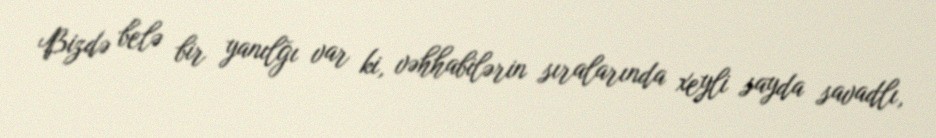
Bizdə belə bir yanılğı var ki, vəhhabilərin sıralarında xeyli sayda savadlı,